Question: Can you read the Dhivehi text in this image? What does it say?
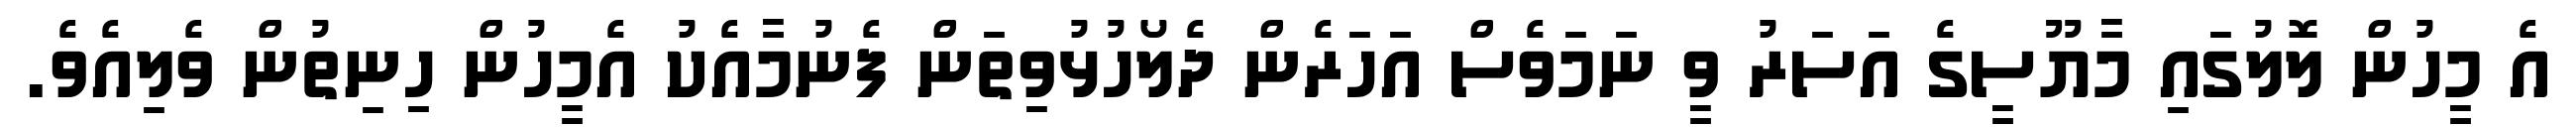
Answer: އެ މީހުން ލޮލުގައި މާޔޫސީގެ އަސަރު ވީ ނަމަވެސް އަހަރެން ދެލޯހުޅުވިތަން ފެނުމާއެކު އެމީހުން ހިނިތުން ވެލިއެވެ.